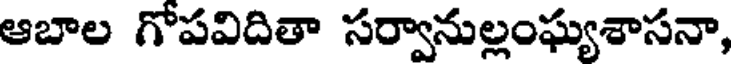
ఆబాల గోపవిదితా సర్వానుల్లంఘ్యశాసనా,